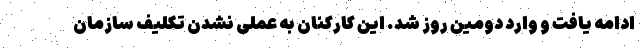
ادامه یافت و وارد دومین روز شد. این کارکنان به عملی نشدن تکلیف سازمان